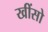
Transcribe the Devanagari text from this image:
खींसो